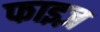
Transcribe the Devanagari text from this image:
फाइज़